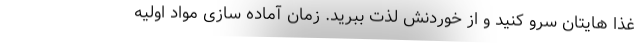
غذا هایتان سرو کنید و از خوردنش لذت ببرید. زمان آماده سازی مواد اولیه